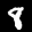
Label: 8